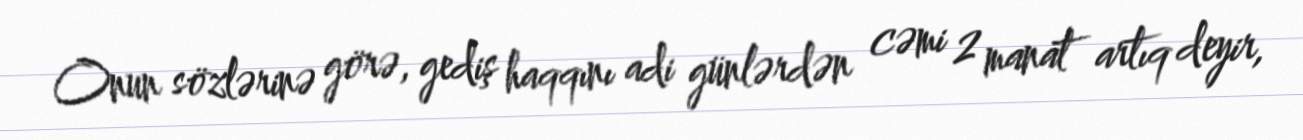
Onun sözlərinə görə, gediş haqqını adi günlərdən cəmi 2 manat artıq deyir,